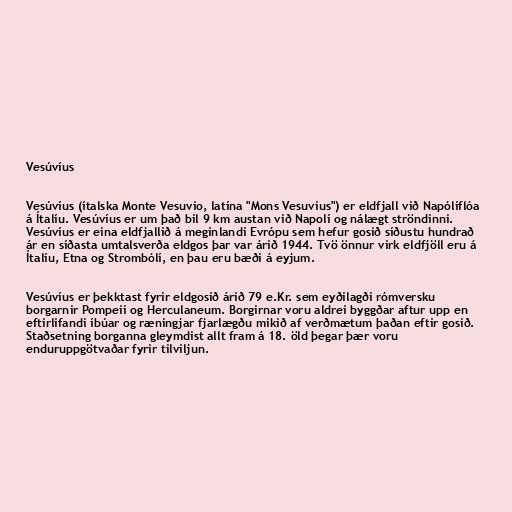
Vesúvíus

Vesúvíus (ítalska Monte Vesuvio, latína "Mons Vesuvius") er eldfjall við Napólíflóa
á Ítalíu. Vesúvíus er um það bil 9 km austan við Napolí og nálægt ströndinni.
Vesúvíus er eina eldfjallið á meginlandi Evrópu sem hefur gosið síðustu hundrað
ár en síðasta umtalsverða eldgos þar var árið 1944. Tvö önnur virk eldfjöll eru á
Ítalíu, Etna og Strombólí, en þau eru bæði á eyjum.

Vesúvíus er þekktast fyrir eldgosið árið 79 e.Kr. sem eyðilagði rómversku
borgarnir Pompeii og Herculaneum. Borgirnar voru aldrei byggðar aftur upp en
eftirlifandi íbúar og ræningjar fjarlægðu mikið af verðmætum þaðan eftir gosið.
Staðsetning borganna gleymdist allt fram á 18. öld þegar þær voru
enduruppgötvaðar fyrir tilviljun.